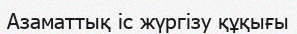
Азаматтық іс жүргізу құқығы